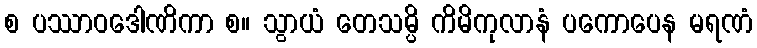
စ ပဿာဝဒေါဏိကာ စ။ သွာယံ တေသမ္ပိ ကိမိကုလာနံ ပကောပေန မရဏံ